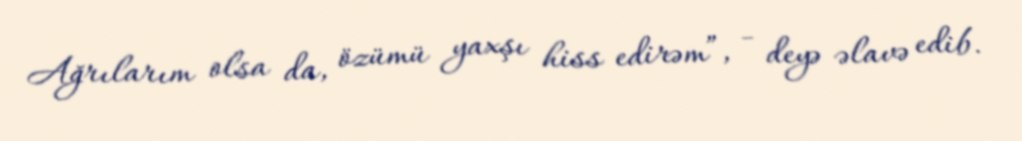
Ağrılarım olsa da, özümü yaxşı hiss edirəm”, - deyə əlavə edib.